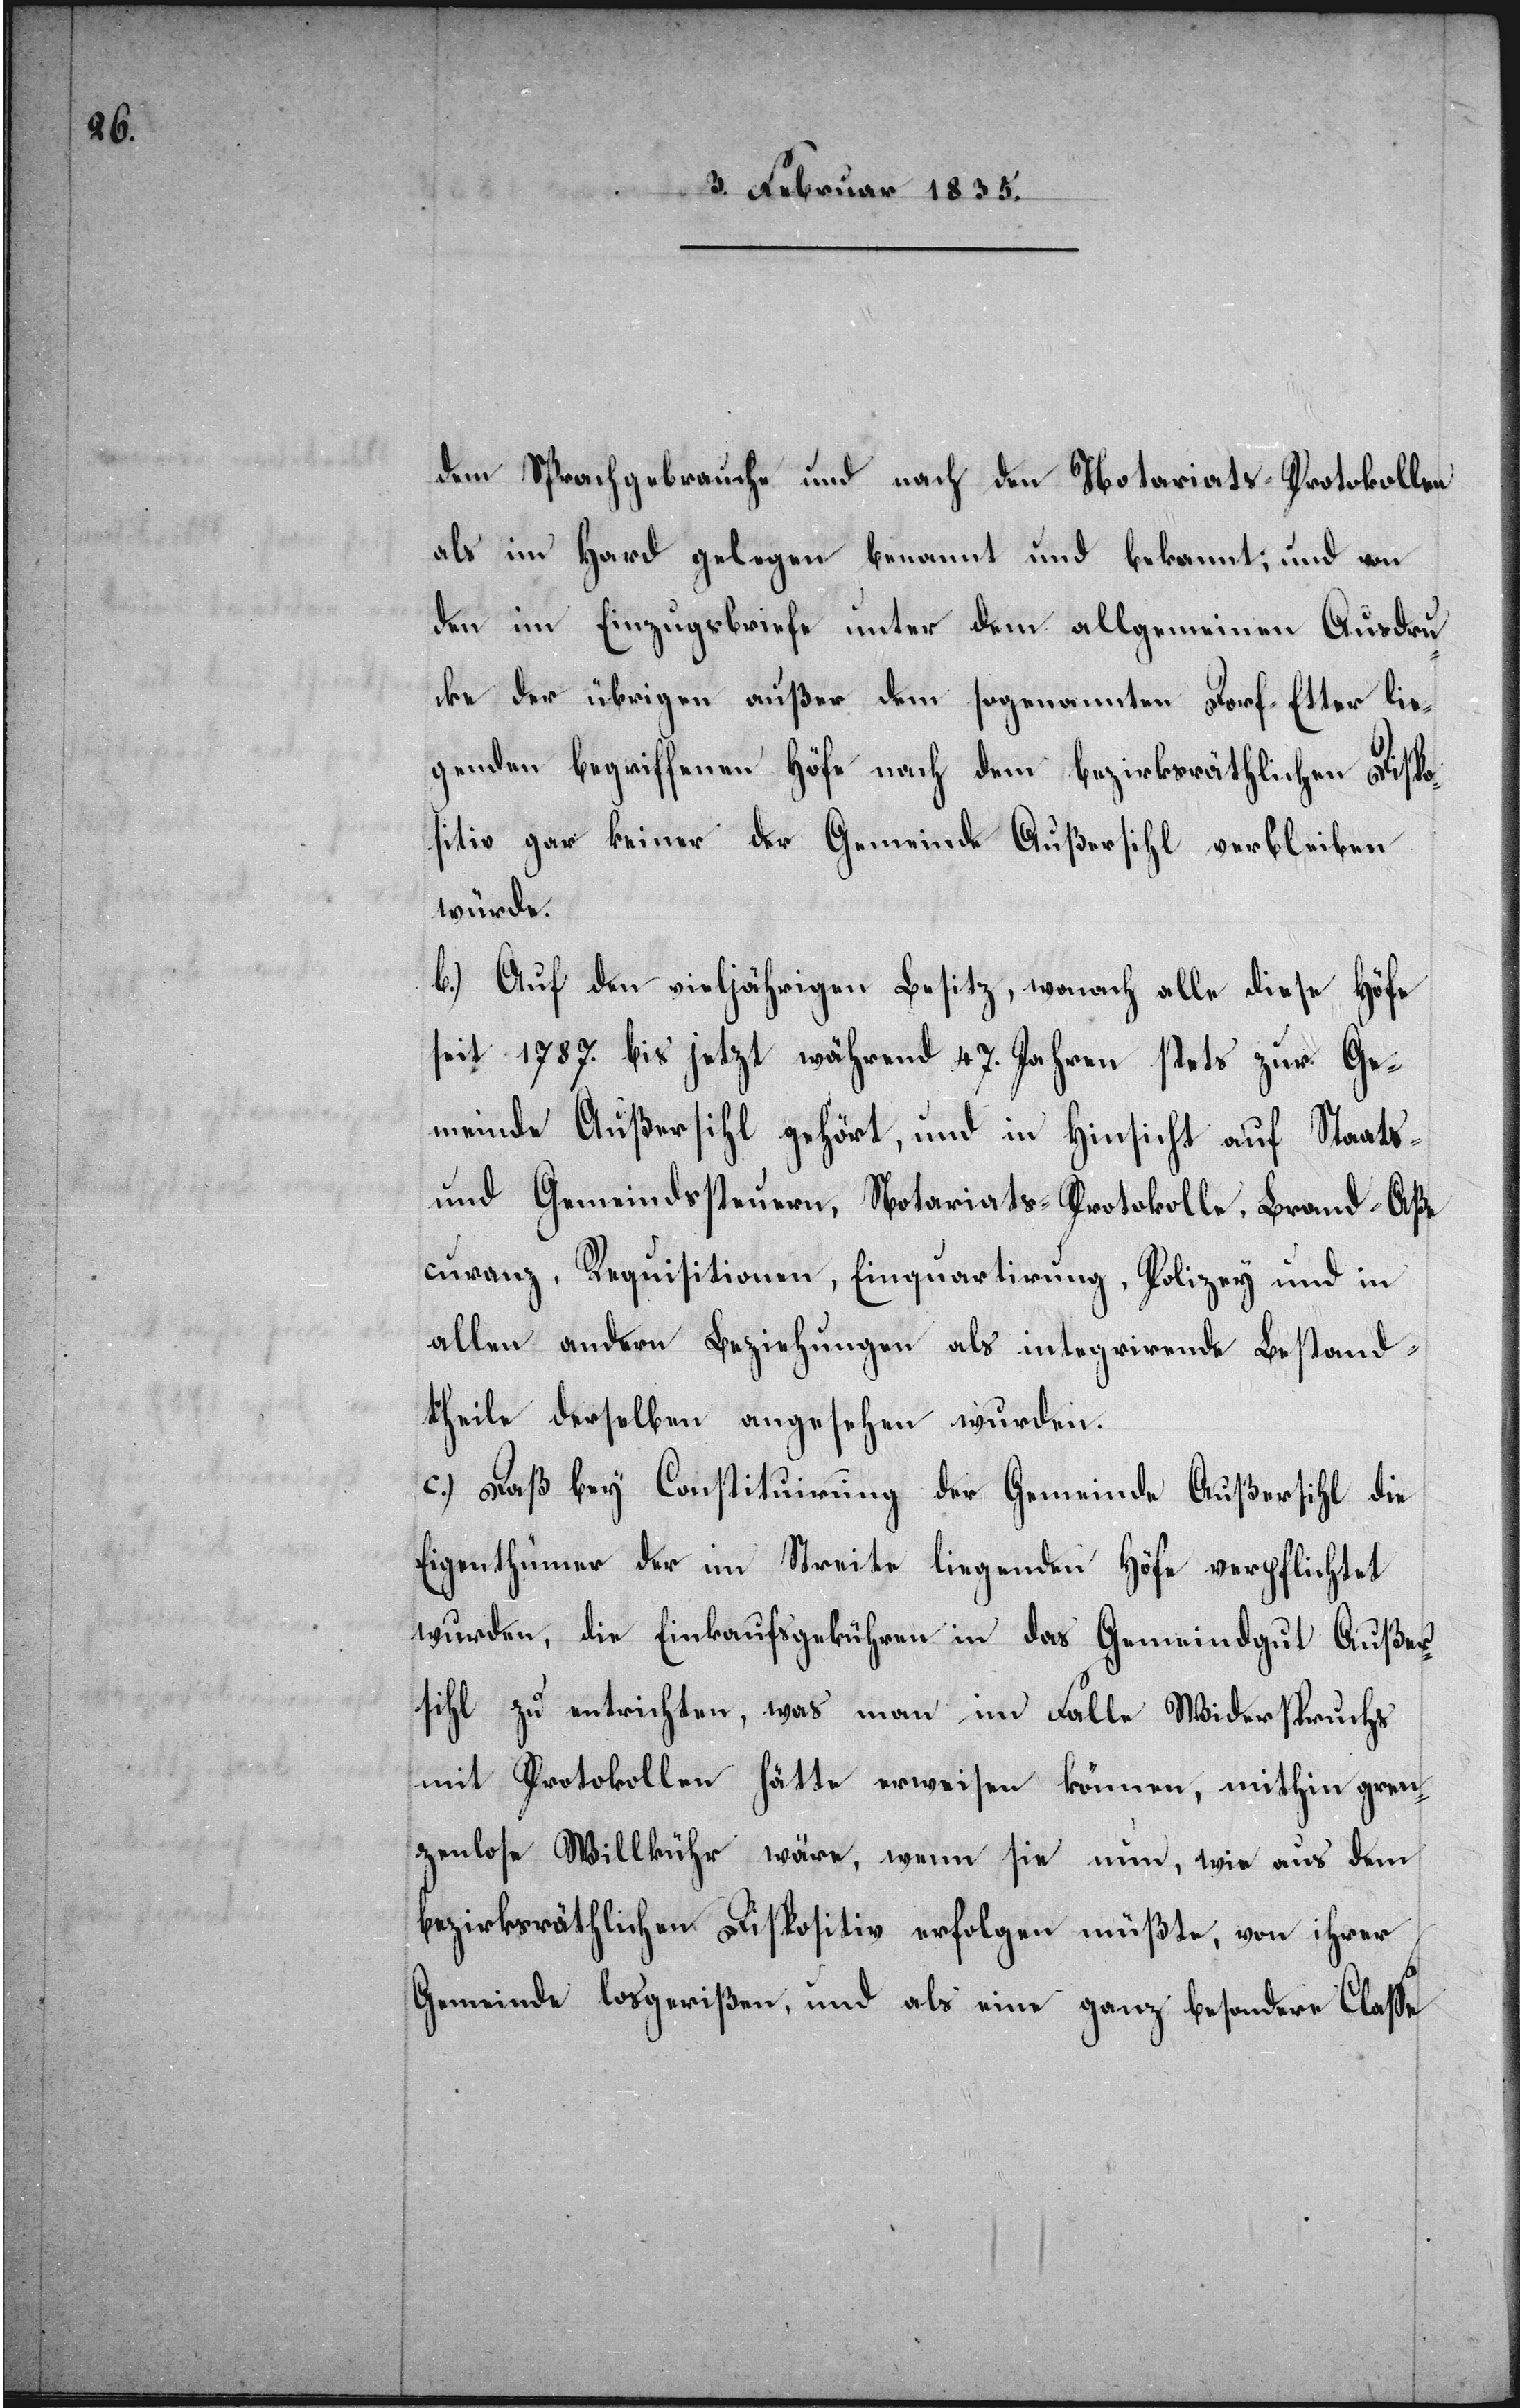
dem Sprachgebrauche und nach den Notariats-Protokollen
als im Hard gelegen benannt, und von den
im Einzugsbriefe unter dem allgemeinen Ausdru¬
cke der übrigen außer dem sogenannten Dorf-Etter lie¬
genden begriffenen Höfe nach dem bezirksräthlichen Dispo¬
sitiv gar keiner der Gemeinde Außersihl verbleiben
würde.
b.) Auf den vieljährigen Besitz, wonach alle diese Höfe
seit 1787. bis jetzt während 47. Jahren stets zur Ge¬
meinde Außersihl gehört, und in Hinsicht auf Staats-
und Gemeindssteuern, Notariats-Protokolle, Brand-Aße¬
curanz, Requisitionen, Einquartirung, Polizey und in
allen andern Beziehungen als integrirende Bestand¬
theile derselben angesehen wurden.
c.) Daß bey Constituirung der Gemeinde Außersihl die
Eigenthümer der im Streite liegenden Höfe verpflichtet
wurden, die Einkaufsgebühren in das Gemeindgut Außer¬
sihl zu unterichten, was man im Falle Widerspruchs
mit Protokollen hätte erweisen können, mithin gren¬
zenlose Willkühr wäre, wenn sie nun, wie aus dem
bezirksräthlichen Dispositiv erfolgen müßte, von ihrer
Gemeinde losgerißen, und als eine ganz besondere Claße